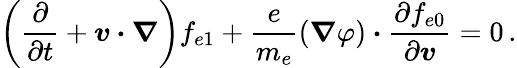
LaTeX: \left(\frac{\partial}{\partial t}+\boldsymbol{v\cdot\nabla}\right)f_{e1}+\frac{e}{m_{e}}(\boldsymbol{\nabla}\varphi)\boldsymbol{\cdot}\frac{\partial f_{e0}}{\partial\boldsymbol{v}}=0\, .